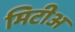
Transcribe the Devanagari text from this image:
मिटीअ